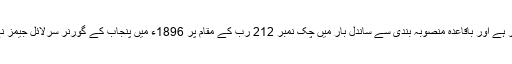
فیصل آباد نسبتاً نیا شہر ہے اور باقاعدہ منصوبہ بندی سے ساندل بار میں چک نمبر 212 رب کے مقام پر 1896ء میں پنجاب کے گورنر سرلائل جیمز نے اس کی بنیاد رکھی۔